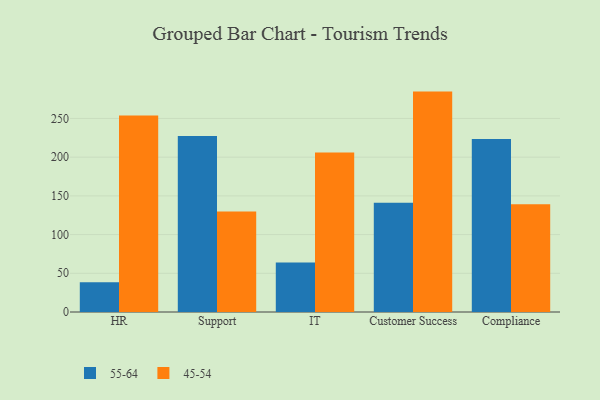
{"axis": {"x": "Department", "y": "Satisfaction Score"}, "legend": ["45-54", "55-64"], "data": [{"x": "HR", "y": 38.5, "type": "55-64"}, {"x": "HR", "y": 253.8, "type": "45-54"}, {"x": "Support", "y": 227.3, "type": "55-64"}, {"x": "Support", "y": 129.7, "type": "45-54"}, {"x": "IT", "y": 64.1, "type": "55-64"}, {"x": "IT", "y": 206.1, "type": "45-54"}, {"x": "Customer Success", "y": 141.1, "type": "55-64"}, {"x": "Customer Success", "y": 284.7, "type": "45-54"}, {"x": "Compliance", "y": 223.6, "type": "55-64"}, {"x": "Compliance", "y": 139.1, "type": "45-54"}]}